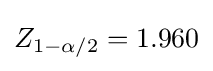
Z_{1-\alpha /2}=1.960